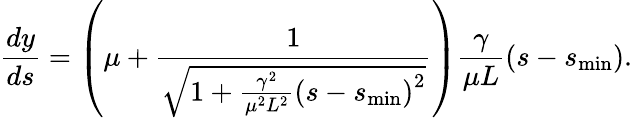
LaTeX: \frac{dy}{ds}=\left(\mu+\frac{1}{\sqrt{1+\frac{\gamma^{2}}{\mu^{2}L^{2}}\left(s-s_{\mathrm{min}}\right)^{2}}}\right)\frac{\gamma}{\mu L}\left(s-s_{\mathrm{min}}\right).